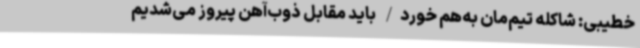
خطیبی: شاکله تیم‌مان به‌هم خورد/ باید مقابل ذوب‌آهن پیروز می‌شدیم